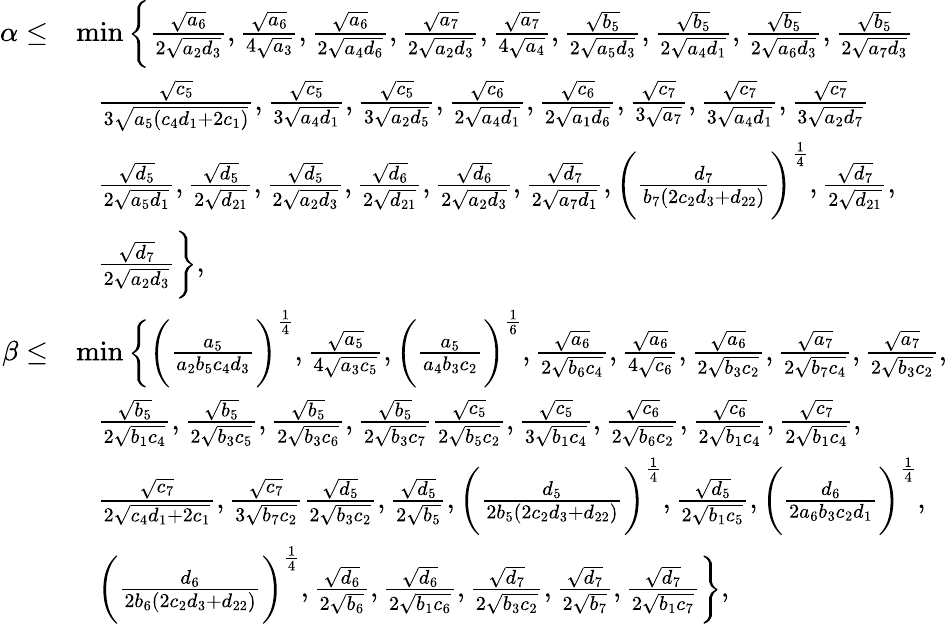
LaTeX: \begin{array}{rl}{\alpha\leq}&{\operatorname*{min}\bigg\{ \frac{\sqrt{a_{6}}}{2\sqrt{a_{2}d_{3}}},\frac{\sqrt{a_{6}}}{4\sqrt{a_{3}}},\frac{\sqrt{a_{6}}}{2\sqrt{a_{4}d_{6}}},\frac{\sqrt{a_{7}}}{2\sqrt{a_{2}d_{3}}},\frac{\sqrt{a_{7}}}{4\sqrt{a_{4}}},\frac{\sqrt{b_{5}}}{2\sqrt{a_{5}d_{3}}},\frac{\sqrt{b_{5}}}{2\sqrt{a_{4}d_{1}}},\frac{\sqrt{b_{5}}}{2\sqrt{a_{6}d_{3}}},\frac{\sqrt{b_{5}}}{2\sqrt{a_{7}d_{3}}}}\\ &{~~~\frac{\sqrt{c_{5}}}{3\sqrt{a_{5}(c_{4}d_{1}+2c_{1})}},\frac{\sqrt{c_{5}}}{3\sqrt{a_{4}d_{1}}},\frac{\sqrt{c_{5}}}{3\sqrt{a_{2}d_{5}}},\frac{\sqrt{c_{6}}}{2\sqrt{a_{4}d_{1}}},\frac{\sqrt{c_{6}}}{2\sqrt{a_{1}d_{6}}},\frac{\sqrt{c_{7}}}{3\sqrt{a_{7}}},\frac{\sqrt{c_{7}}}{3\sqrt{a_{4}d_{1}}},\frac{\sqrt{c_{7}}}{3\sqrt{a_{2}d_{7}}}}\\ &{~~~\frac{\sqrt{d_{5}}}{2\sqrt{a_{5}d_{1}}},\frac{\sqrt{d_{5}}}{2\sqrt{d_{21}}},\frac{\sqrt{d_{5}}}{2\sqrt{a_{2}d_{3}}},\frac{\sqrt{d_{6}}}{2\sqrt{d_{21}}},\frac{\sqrt{d_{6}}}{2\sqrt{a_{2}d_{3}}},\frac{\sqrt{d_{7}}}{2\sqrt{a_{7}d_{1}}},\bigg(\frac{d_{7}}{b_{7}(2c_{2}d_{3}+d_{22})}\bigg)^{\frac{1}{4}},\frac{\sqrt{d_{7}}}{2\sqrt{d_{21}}},}\\ &{~~~\frac{\sqrt{d_{7}}}{2\sqrt{a_{2}d_{3}}}\bigg\} ,}\\ {\beta\leq}&{\operatorname*{min}\bigg\{ \bigg(\frac{a_{5}}{a_{2}b_{5}c_{4}d_{3}}\bigg)^{\frac{1}{4}},\frac{\sqrt{a_{5}}}{4\sqrt{a_{3}c_{5}}},\bigg(\frac{a_{5}}{a_{4}b_{3}c_{2}}\bigg)^{\frac{1}{6}},\frac{\sqrt{a_{6}}}{2\sqrt{b_{6}c_{4}}},\frac{\sqrt{a_{6}}}{4\sqrt{c_{6}}},\frac{\sqrt{a_{6}}}{2\sqrt{b_{3}c_{2}}},\frac{\sqrt{a_{7}}}{2\sqrt{b_{7}c_{4}}},\frac{\sqrt{a_{7}}}{2\sqrt{b_{3}c_{2}}},}\\ &{~~~\frac{\sqrt{b_{5}}}{2\sqrt{b_{1}c_{4}}},\frac{\sqrt{b_{5}}}{2\sqrt{b_{3}c_{5}}},\frac{\sqrt{b_{5}}}{2\sqrt{b_{3}c_{6}}},\frac{\sqrt{b_{5}}}{2\sqrt{b_{3}c_{7}}}\frac{\sqrt{c_{5}}}{2\sqrt{b_{5}c_{2}}},\frac{\sqrt{c_{5}}}{3\sqrt{b_{1}c_{4}}},\frac{\sqrt{c_{6}}}{2\sqrt{b_{6}c_{2}}},\frac{\sqrt{c_{6}}}{2\sqrt{b_{1}c_{4}}},\frac{\sqrt{c_{7}}}{2\sqrt{b_{1}c_{4}}},}\\ &{~~~\frac{\sqrt{c_{7}}}{2\sqrt{c_{4}d_{1}+2c_{1}}},\frac{\sqrt{c_{7}}}{3\sqrt{b_{7}c_{2}}}\frac{\sqrt{d_{5}}}{2\sqrt{b_{3}c_{2}}},\frac{\sqrt{d_{5}}}{2\sqrt{b_{5}}},\bigg(\frac{d_{5}}{2b_{5}(2c_{2}d_{3}+d_{22})}\bigg)^{\frac{1}{4}},\frac{\sqrt{d_{5}}}{2\sqrt{b_{1}c_{5}}},\bigg(\frac{d_{6}}{2a_{6}b_{3}c_{2}d_{1}}\bigg)^{\frac{1}{4}},}\\ &{~~~\bigg(\frac{d_{6}}{2b_{6}(2c_{2}d_{3}+d_{22})}\bigg)^{\frac{1}{4}},\frac{\sqrt{d_{6}}}{2\sqrt{b_{6}}},\frac{\sqrt{d_{6}}}{2\sqrt{b_{1}c_{6}}},\frac{\sqrt{d_{7}}}{2\sqrt{b_{3}c_{2}}},\frac{\sqrt{d_{7}}}{2\sqrt{b_{7}}},\frac{\sqrt{d_{7}}}{2\sqrt{b_{1}c_{7}}}\bigg\} ,}\end{array}